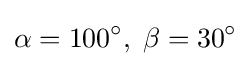
\alpha =100^{\circ },\;\beta =30^{\circ }